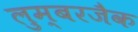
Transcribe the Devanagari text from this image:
लुम्बरजैक